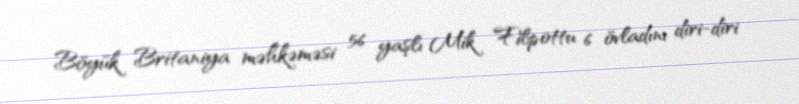
Böyük Britaniya məhkəməsi 56 yaşlı Mik Filpottu 6 övladını diri-diri